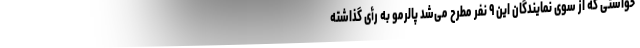
خواستی که از سوی نمایندگان این ۹ نفر مطرح می‌شد پالرمو به رأی گذاشته